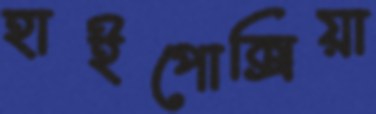
হাইপোক্সিয়া